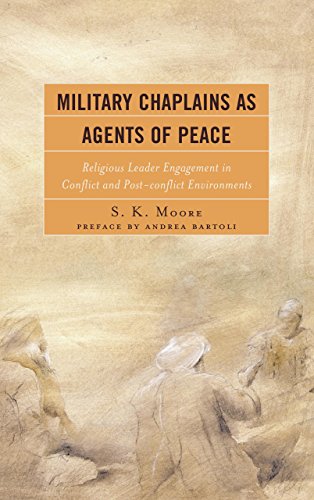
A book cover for Military Chaplains as Agents of Peace: Religious Leader Engagement in Conflict and Post-Conflict Environments; S. K. Moore; Christian Books & Bibles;